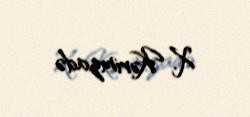
X. Kərimzadə